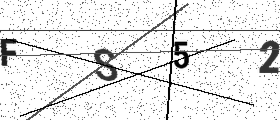
Text: FS52